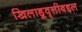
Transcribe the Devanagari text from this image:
खिलाडूवृत्तीबद्दल